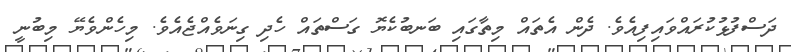
ދަސްފުޅުކުރައްވައިފިއެވެ. ދެން އެތައް މިތާގައި ބަނބުކެޔޮ ގަސްތައް ހެދި ގިނަވެއްޖެއެވެ. މިހެންވެޔޭ މިބުނީ